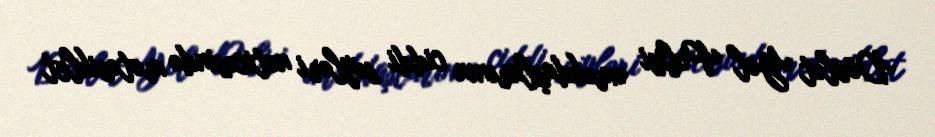
Dövlət Yol Polisi əməkdaşlarının ciddi səyləri nəticəsində motosiklet